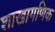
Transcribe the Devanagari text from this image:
शाखागणिक